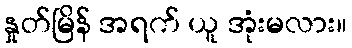
နှုတ်မြိန် အရက် ယူ အုံးမလား။